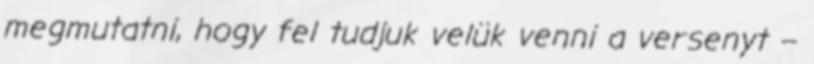
megmutatni, hogy fel tudjuk velük venni a versenyt –